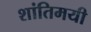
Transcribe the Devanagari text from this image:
शांतिमयी